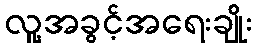
လူ့အခွင့်အရေးချိုး